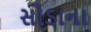
સોડાના